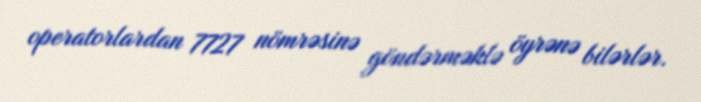
operatorlardan 7727 nömrəsinə göndərməklə öyrənə bilərlər.